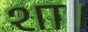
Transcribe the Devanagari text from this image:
शा।